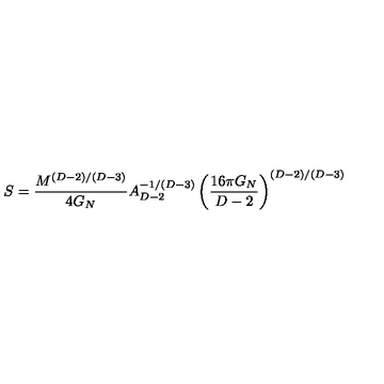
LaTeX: S = { \frac { M ^ { ( D - 2 ) / ( D - 3 ) } } { 4 G _ { N } } } A _ { D - 2 } ^ { - 1 / ( D - 3 ) } \left( \frac { 1 6 \pi G _ { N } } { D - 2 } \right) ^ { ( D - 2 ) / ( D - 3 ) }